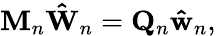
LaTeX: \mathbf{M}_{n}\mathbf{\hat{W}}_{n}=\mathbf{Q}_{n}\mathbf{\hat{w}}_{n},